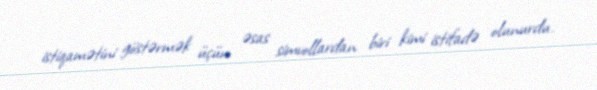
istiqamətini göstərmək üçün əsas simvollardan biri kimi istifadə olunurdu.